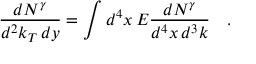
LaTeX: \frac { d N ^ { \gamma } } { d ^ { 2 } k _ { T } \, d y } = \int d ^ { 4 } x \, E \frac { d N ^ { \gamma } } { d ^ { 4 } x \, d ^ { 3 } k } \quad .